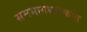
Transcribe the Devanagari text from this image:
समभागधारकांत